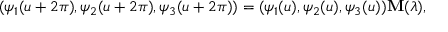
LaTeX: ( \psi _ { 1 } ( u + 2 \pi ) , \psi _ { 2 } ( u + 2 \pi ) , \psi _ { 3 } ( u + 2 \pi ) ) = ( \psi _ { 1 } ( u ) , \psi _ { 2 } ( u ) , \psi _ { 3 } ( u ) ) { \bf M } ( \lambda ) ,